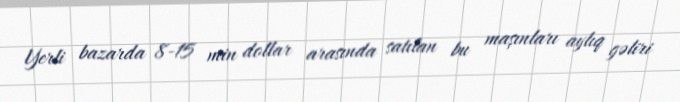
Yerli bazarda 8-15 min dollar arasında satılan bu maşınları aylıq gəliri